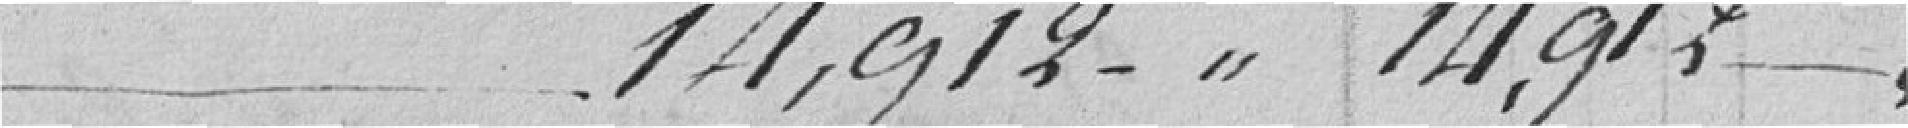
14.912 - .. 14.912